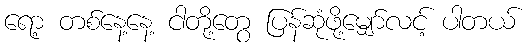
ရော့ တစ်နေ့နေ့ ငါတို့တွေ ပြန်ဆုံဖို့မျှော်လင့် ပါတယ်